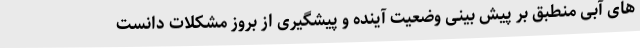
های آبی منطبق بر پیش بینی وضعیت آینده و پیشگیری از بروز مشکلات دانست